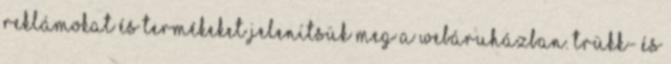
reklámokat és termékeket jelenítsük meg a webáruházban. Trükk- és